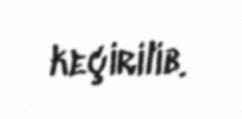
keçirilib.